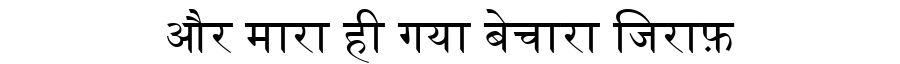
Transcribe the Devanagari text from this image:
और मारा ही गया बेचारा जिराफ़